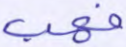
فهب